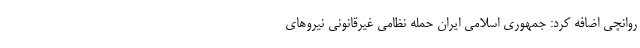
‌روانچی اضافه کرد: جمهوری اسلامی ایران حمله نظامی غیرقانونی نیروهای